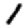
Digit: 1